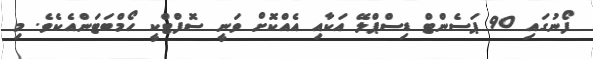
ފޯނުގައި 90 ޕަސެންޓް ޑިސްޕްލޭ އަކާއި އެއްކޮށް ވަނީ ސޮފްޓްކީ ހޯމްބަޓަންއެކެވެ. މި